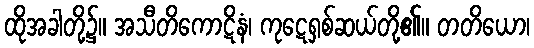
ထိုအခါတို့၌။ အသီတိကောဋိနံ၊ ကုဋေရှစ်ဆယ်တို့၏။ တတိယော၊